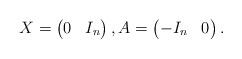
LaTeX: \begin{align*} X =\left( \begin{matrix} 0 & I_n \end{matrix} \right), A =\left( \begin{matrix} -I_n & 0 \end{matrix} \right).\end{align*}